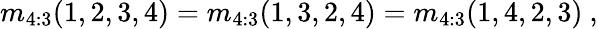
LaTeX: m_{4:3}(1,2,3,4)=m_{4:3}(1,3,2,4)=m_{4:3}(1,4,2,3)\ ,